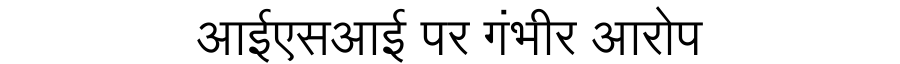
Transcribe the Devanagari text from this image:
आईएसआई पर गंभीर आरोप